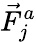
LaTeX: \vec{F}_{j}^{a}